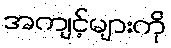
အကျင့်များကို